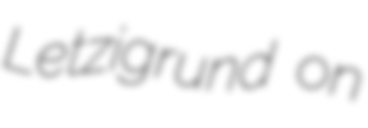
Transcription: Letzigrund on